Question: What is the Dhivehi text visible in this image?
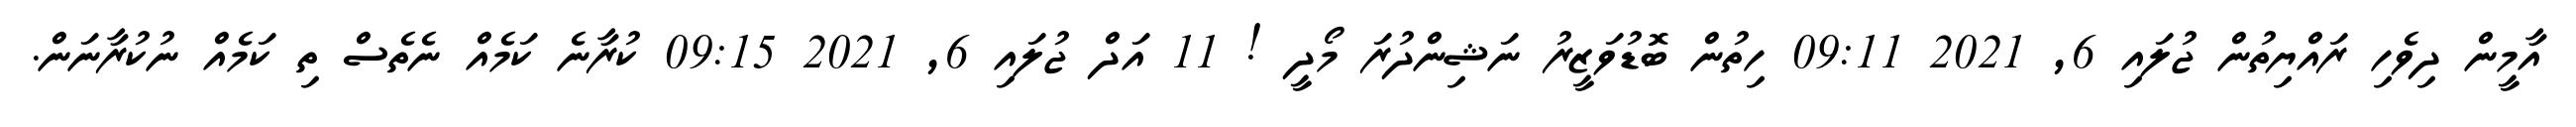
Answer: އާމީން ދިވެހި ރައްޔިތުން ޖުލައި 6, 2021 09:11 ހިތުން ބޮޑުވަޒީރު ނަޝިންދުރަ މޯދީ ! 11 އަދް ޖުލައި 6, 2021 09:15 ކުރާނެ ކަމެއް ނެތެސް ތި ކަމެއް ނުކުރާނަން.